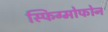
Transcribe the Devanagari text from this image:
स्फिग्मोफोन